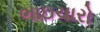
ભાઇચારો